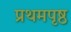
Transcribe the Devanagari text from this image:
प्रथमपृष्ठ